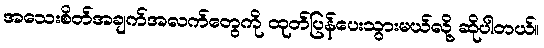
အသေးစိတ်အချက်အလက်တွေကို ထုတ်ပြန်ပေးသွားမယ်လို့ ဆိုပါတယ်။